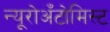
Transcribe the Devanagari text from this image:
न्यूरोअँटोमिस्ट